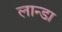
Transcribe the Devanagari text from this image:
लान्डा